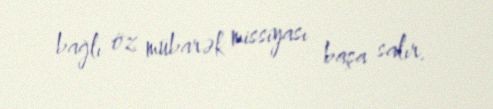
bağlı öz mübarək missiyası başa salır.